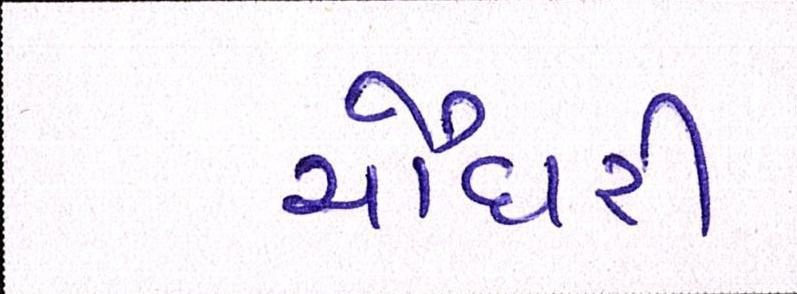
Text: ચૌધરી